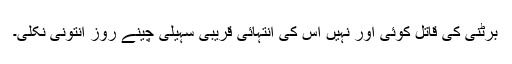
برٹنی کی قاتل کوئی اور نہیں اس کی انتہائی قریبی سہیلی چینے روز انتونی نکلی۔